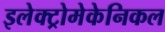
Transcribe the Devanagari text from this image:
इलेक्ट्रोमेकेनिकल